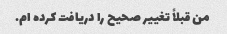
من قبلاً تغییر صحیح را دریافت کرده ام.